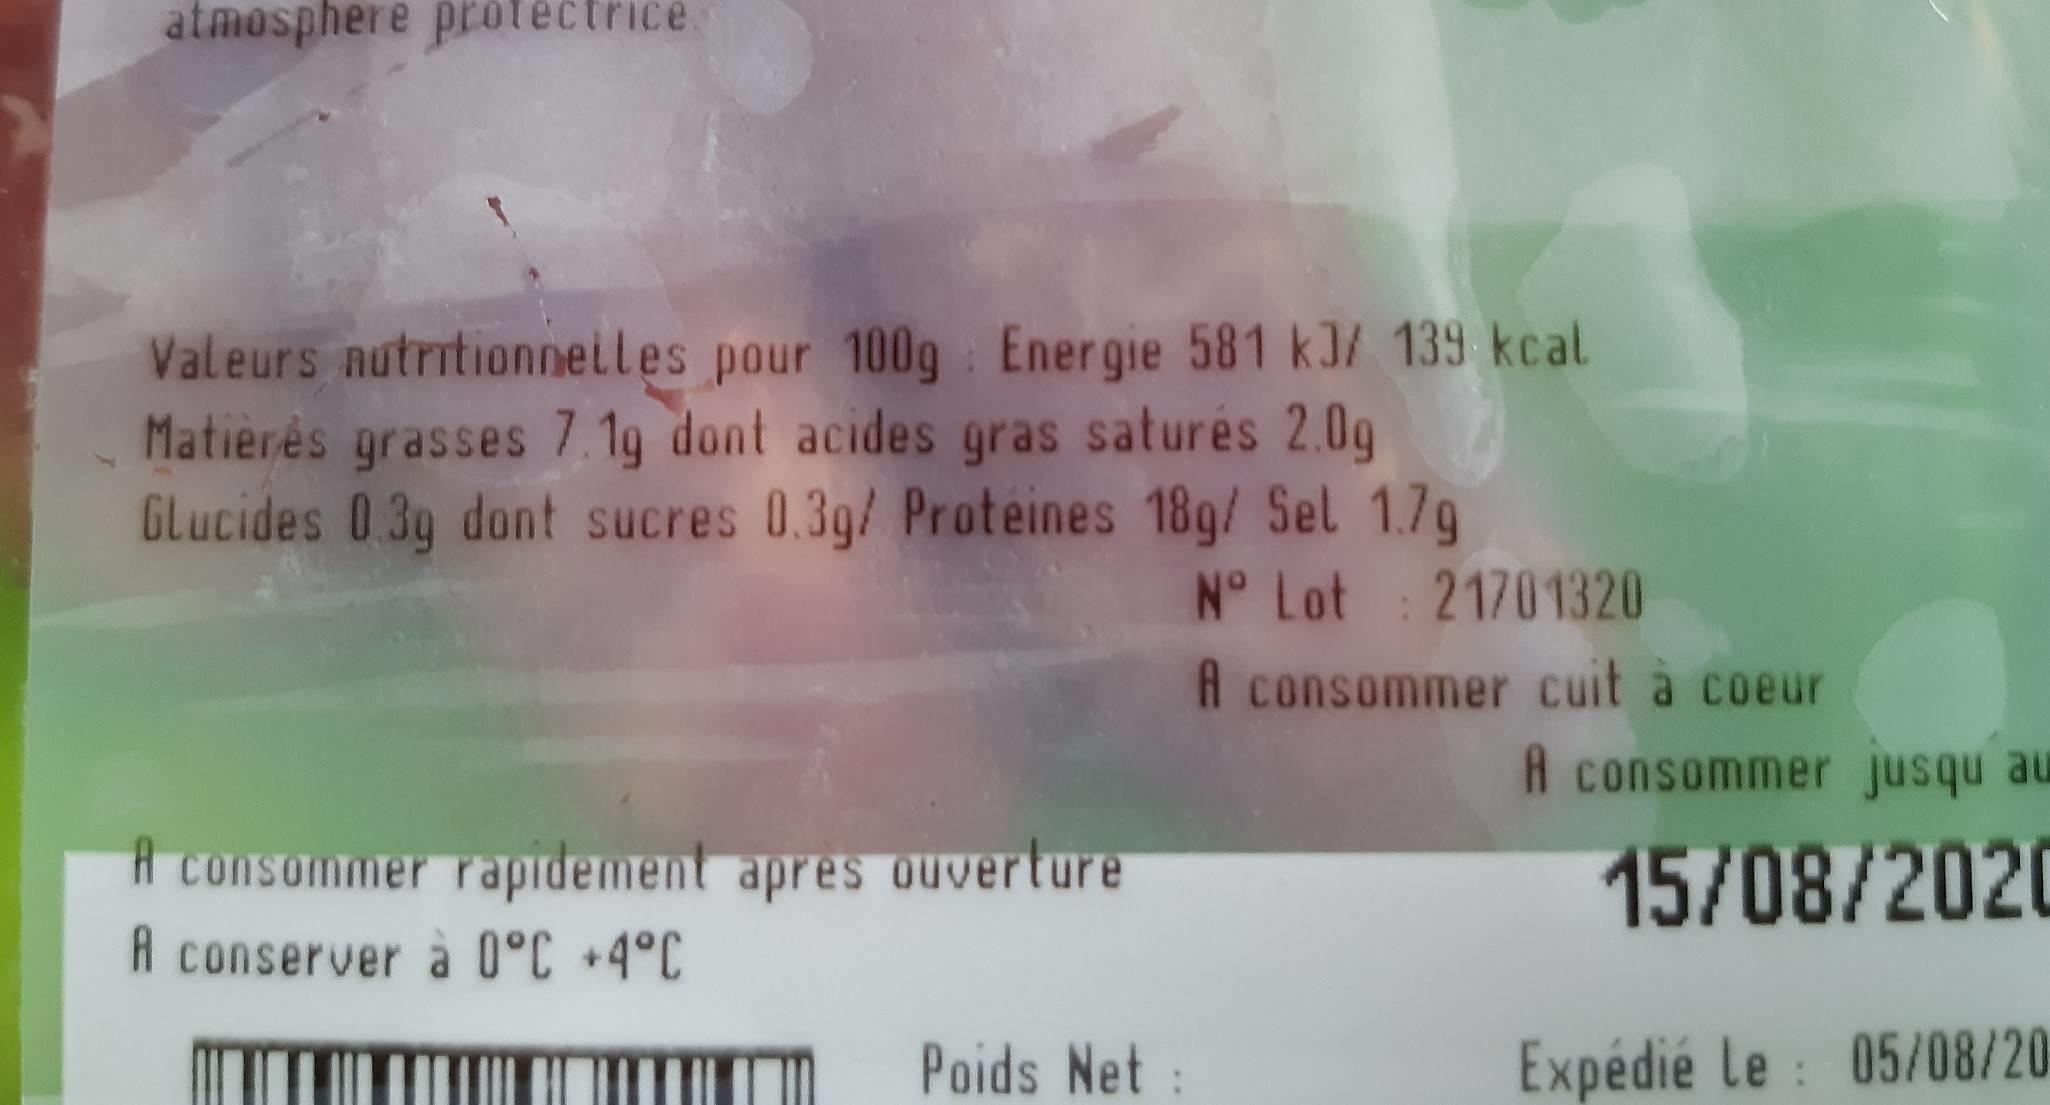
atmosphere protectrice.
Valeurs nutritionnetles pour 100g Energie 581 kJ/ 139 kcal Matierės grasses 7 1g dont acides gras saturés 2.0g GLucides 0.3g dont sucres 0.3g/ Proteines 18g/ Sel 1.7g No Lot : 21701320
A consommer cuit à coeur
A consommer jusqu au
A consommer raprdement apres ouverture
15/08/2020
A conserver à 0°C +4°C
Poids Net:
Expédie Le : 05/08/20